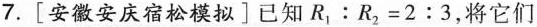
7.[安徽安庆宿松模拟]已知R_{1}:R_{2}=2:3，将它们